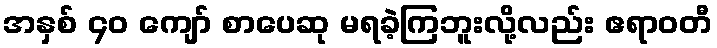
အနှစ် ၄၀ ကျော် စာပေဆု မရခဲ့ကြဘူးလို့လည်း ဧရာဝတီ